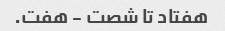
هفتاد تا شصت - هفت.